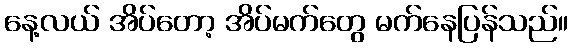
နေ့လယ် အိပ်တော့ အိပ်မက်တွေ မက်နေပြန်သည်။